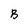
Character: B